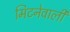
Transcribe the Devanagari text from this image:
मिटनेवाली